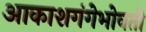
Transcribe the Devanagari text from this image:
आकाशगंगेभोवती